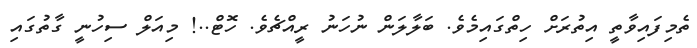
ތެމިފައިވާތީ އިތުރަށް ހިތްގައިމެވެ. ބަލާލަން ނުހަނު ރީއްޗެވެ. ހޮޓް..! މިއަލް ސިހުނީ ގާތުގައި